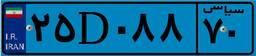
۲۵D۰۸۸۷۰